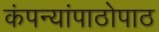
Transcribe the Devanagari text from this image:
कंपन्यांपाठोपाठ